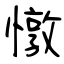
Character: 憞